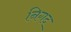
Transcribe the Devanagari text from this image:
निगद